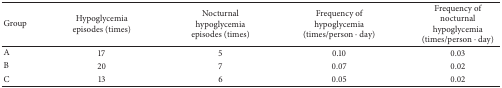
<table><thead><tr><td><b>Group</b></td><td><b>Hypoglycemia episodes (times)</b></td><td><b>Nocturnal hypoglycemia episodes (times)</b></td><td><b>Frequency of hypoglycemia (times/person · day)</b></td><td><b>Frequency of nocturnal hypoglycemia (times/person · day)</b></td></tr></thead><tbody><tr><td>A</td><td>17</td><td>5</td><td>0.10</td><td>0.03</td></tr><tr><td>B</td><td>20</td><td>7</td><td>0.07</td><td>0.02</td></tr><tr><td>C</td><td>13</td><td>6</td><td>0.05</td><td>0.02</td></tr></tbody></table>